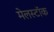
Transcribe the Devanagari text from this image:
मेलस्टॉक